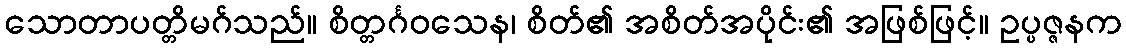
သောတာပတ္တိမဂ်သည်။ စိတ္တင်္ဂဝသေန၊ စိတ်၏ အစိတ်အပိုင်း၏ အဖြစ်ဖြင့်။ ဥပ္ပဇ္ဇနက